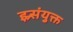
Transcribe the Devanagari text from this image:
झ्र्संयुक्त